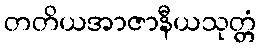
တတိယအာဇာနီယသုတ္တံ